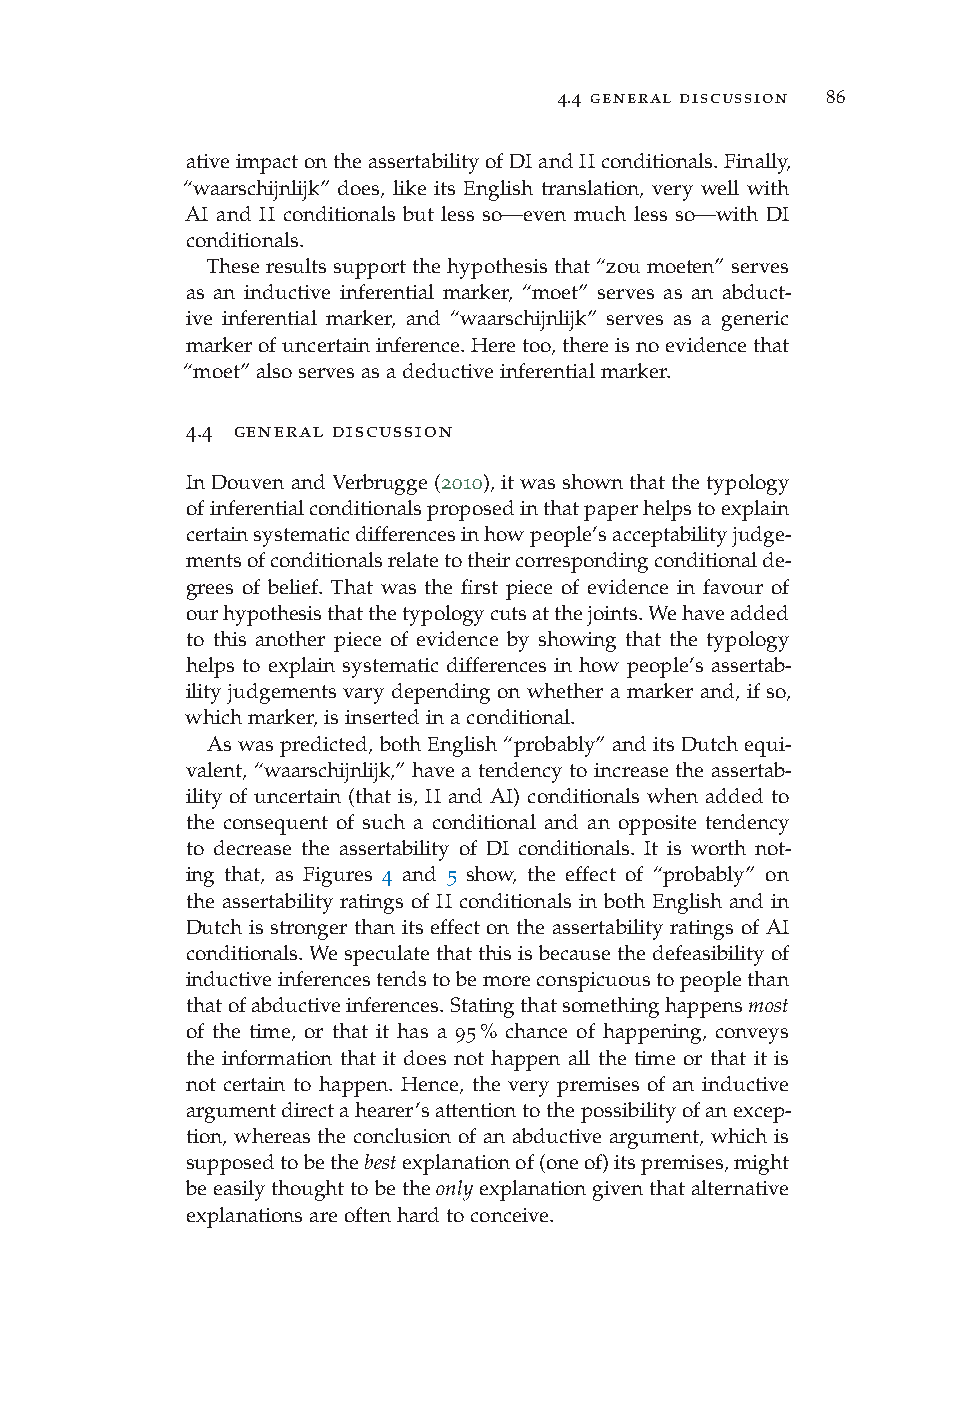
4.4 general discussion 86
 ativeimpactontheassertabilityofDIandIIconditionals.Finally,
 “waarschijnlijk” does, like its English translation, very well with
 AI and II conditionals but less so—even much less so—with DI
 conditionals.
 Theseresultssupportthehypothesisthat“zoumoeten”serves
 as an inductive inferential marker, “moet” serves as an abduct-
 ive inferential marker, and “waarschijnlijk” serves as a generic
 markerofuncertaininference.Heretoo,thereisnoevidencethat
 “moet”alsoservesasadeductiveinferentialmarker.
 4.4 general discussion
 In Douvenand Verbrugge(2010), itwas shownthat the typology
 ofinferentialconditionalsproposedinthatpaperhelpstoexplain
 certainsystematicdifferencesinhowpeople’sacceptabilityjudge-
 mentsofconditionalsrelatetotheircorrespondingconditionalde-
 grees of belief. That was the first piece of evidence in favour of
 ourhypothesisthatthetypologycutsatthejoints.Wehaveadded
 to this another piece of evidence by showing that the typology
 helps to explain systematic differences in how people’s assertab-
 ility judgements vary depending on whether a marker and, if so,
 whichmarker,isinsertedinaconditional.
 As was predicted, both English “probably” and its Dutch equi-
 valent, “waarschijnlijk,” have a tendency to increase the assertab-
 ility of uncertain (that is, II and AI) conditionals when added to
 the consequent of such a conditional and an opposite tendency
 to decrease the assertability of DI conditionals. It is worth not-
 ing that, as Figures 4 and 5 show, the effect of “probably” on
 the assertability ratings of II conditionals in both English and in
 Dutch is stronger than its effect on the assertability ratings of AI
 conditionals.Wespeculatethatthisisbecausethedefeasibilityof
 inductiveinferencestendstobemoreconspicuoustopeoplethan
 thatofabductiveinferences.Statingthatsomethinghappensmost
 of the time, or that it has a 95% chance of happening, conveys
 the information that it does not happen all the time or that it is
 not certain to happen. Hence, the very premises of an inductive
 argumentdirectahearer’sattentiontothepossibilityofanexcep-
 tion, whereas the conclusion of an abductive argument, which is
 supposedtobethebestexplanationof(oneof)itspremises,might
 beeasilythoughttobetheonlyexplanationgiventhatalternative
 explanationsareoftenhardtoconceive.